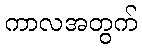
ကာလအတွက်